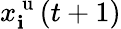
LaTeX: x_{\mathbf{i}}^{\mathrm{{~u~}}}(t+1)